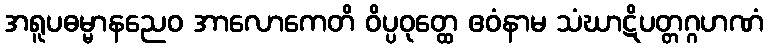
အရူပဓမ္မာနညေဝ အာလောကေတိ ဝိပ္ပဝုတ္ထေ ဧဝံနာမ သံဃာဋိပတ္တဂ္ဂဟဏံ